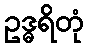
ဥဒ္ဓရိတုံ